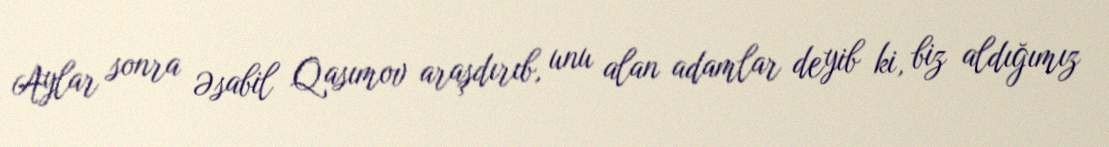
Aylar sonra Əsabil Qasımov araşdırıb, unu alan adamlar deyib ki, biz aldığımız